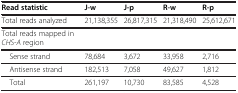
<table><thead><tr><td><b>Read statistic</b></td><td><b>J-w</b></td><td><b>J-p</b></td><td><b>R-w</b></td><td><b>R-p</b></td></tr></thead><tbody><tr><td>Total reads analyzed</td><td>21,138,355</td><td>26,817,315</td><td>21,318,490</td><td>25,612,671</td></tr><tr><td>Total reads mapped in <i>CHS-A</i> region</td><td> </td><td> </td><td> </td><td> </td></tr><tr><td> Sense strand</td><td>78,684</td><td>3,672</td><td>33,958</td><td>2,716</td></tr><tr><td> Antisense strand</td><td>182,513</td><td>7,058</td><td>49,627</td><td>1,812</td></tr><tr><td> Total</td><td>261,197</td><td>10,730</td><td>83,585</td><td>4,528</td></tr></tbody></table>